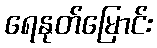
ရေနုတ်မြောင်း